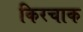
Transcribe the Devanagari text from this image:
किरचाक